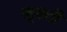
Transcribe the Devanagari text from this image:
मूक्ती